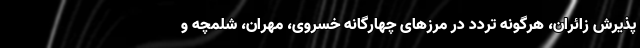
پذیرش زائران، هرگونه تردد در مرزهای چهارگانه خسروی، مهران، شلمچه و